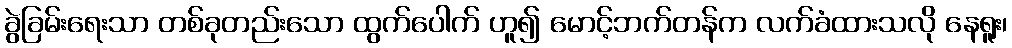
ခွဲခြမ်းရေးသာ တစ်ခုတည်းသော ထွက်ပေါက် ဟူ၍ မောင့်ဘက်တန်က လက်ခံထားသလို နေရူး၊